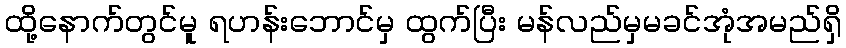
ထို့နောက်တွင်မူ ရဟန်းဘောင်မှ ထွက်ပြီး မန်လည်မှမခင်အုံအမည်ရှိ